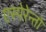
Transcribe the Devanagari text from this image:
एस्पेरेन्तो